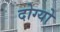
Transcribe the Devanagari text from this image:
दोग्यो